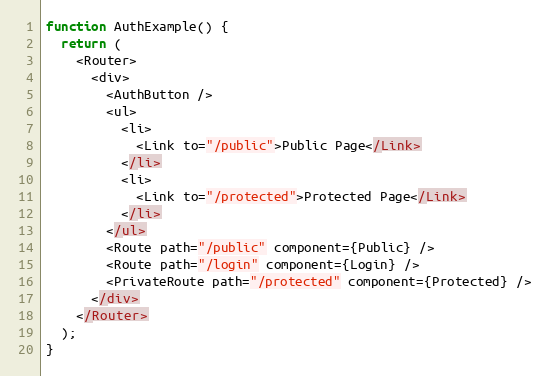
Language: JavaScript
function AuthExample() {
  return (
    <Router>
      <div>
        <AuthButton />
        <ul>
          <li>
            <Link to="/public">Public Page</Link>
          </li>
          <li>
            <Link to="/protected">Protected Page</Link>
          </li>
        </ul>
        <Route path="/public" component={Public} />
        <Route path="/login" component={Login} />
        <PrivateRoute path="/protected" component={Protected} />
      </div>
    </Router>
  );
}